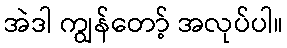
အဲဒါ ကျွန်တော့် အလုပ်ပါ။